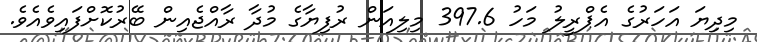
މިދިޔަ އަހަރުގެ އެޕްރީލު މަހު 397.6 މިލިއަން ރުފިޔާގެ މުދާ ރާއްޖެއިން ބޭރުކޮށްފައިވެއެވެ.